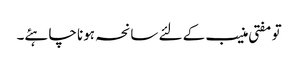
تو مفتی منیب کے لئے سانحہ ہونا چاہئے۔